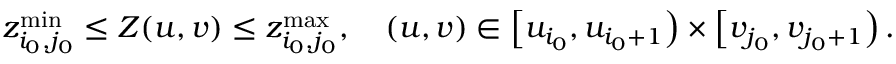
z _ { i _ { 0 } , j _ { 0 } } ^ { \operatorname* { m i n } } \le Z ( u , v ) \le z _ { i _ { 0 } , j _ { 0 } } ^ { \operatorname* { m a x } } , \quad ( u , v ) \in \left[ u _ { i _ { 0 } } , u _ { i _ { 0 } + 1 } \right) \times \left[ v _ { j _ { 0 } } , v _ { j _ { 0 } + 1 } \right) .